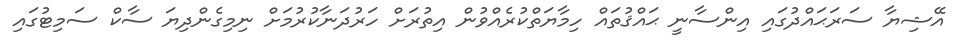
އޭޝިޔާ ސަރަޙައްދުގައި އިންސާނީ ޙައްޤުތައް ހިމާޔަތްކުރެއްވުން އިތުރަށް ހަރުދަނާކުރުމަށް ނިމިގެންދިޔަ ސާކް ސަމިޓުގައި